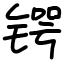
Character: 锷